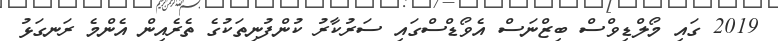
2019 ގައި މޯލްޑިވްސް ބިޒްނަސް އެވޯޑްސްގައި ސަރުކާރު ކުންފުނިތަކުގެ ތެރެއިން އެންމެ ރަނގަޅު